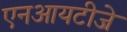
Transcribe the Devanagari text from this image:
एनआयटीजे